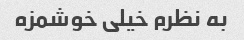
به نظرم خیلی خوشمزه